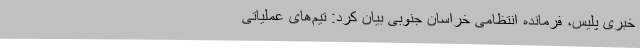
خبری پلیس، فرمانده انتظامی خراسان جنوبی بیان کرد: تیم‌های عملیاتی